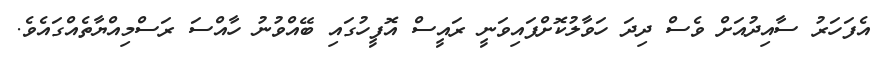
އެފަހަރު ސާއިދުއަށް ވެސް ދިދަ ހަވާލުކޮށްފައިވަނީ ރައީސް އޮފީހުގައި ބޭއްވުނު ހާއްސަ ރަސްމިއްޔާތެއްގައެވެ.